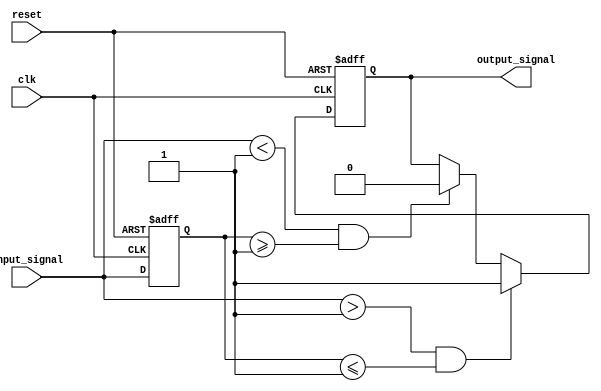
module schmitt_trigger_buffer (
    input wire clk,
    input wire reset,
    input wire input_signal,
    output reg output_signal
);

reg last_input;

parameter THRESHOLD = 1'b1;
parameter HYSTERESIS = 1'b0;

always @(posedge clk or posedge reset) begin
    if (reset) begin
        last_input <= 1'b0;
        output_signal <= 1'b0;
    end else begin
        if (input_signal > (THRESHOLD + HYSTERESIS) && last_input <= (THRESHOLD - HYSTERESIS)) begin
            output_signal <= 1'b1;
        end else if (input_signal < (THRESHOLD - HYSTERESIS) && last_input >= (THRESHOLD + HYSTERESIS)) begin
            output_signal <= 1'b0;
        end
        last_input <= input_signal;
    end
end

endmodule